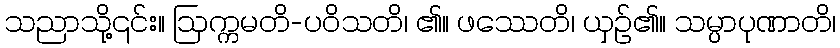
သညာသို့၎င်း။ ဩက္ကမတိ-ပဝိသတိ၊ ၏။ ဖဿေတိ၊ ယှဉ်၏။ သမ္ပာပုဏာတိ၊